Vabadussoja_Ajaloo_Komitee, lk 62
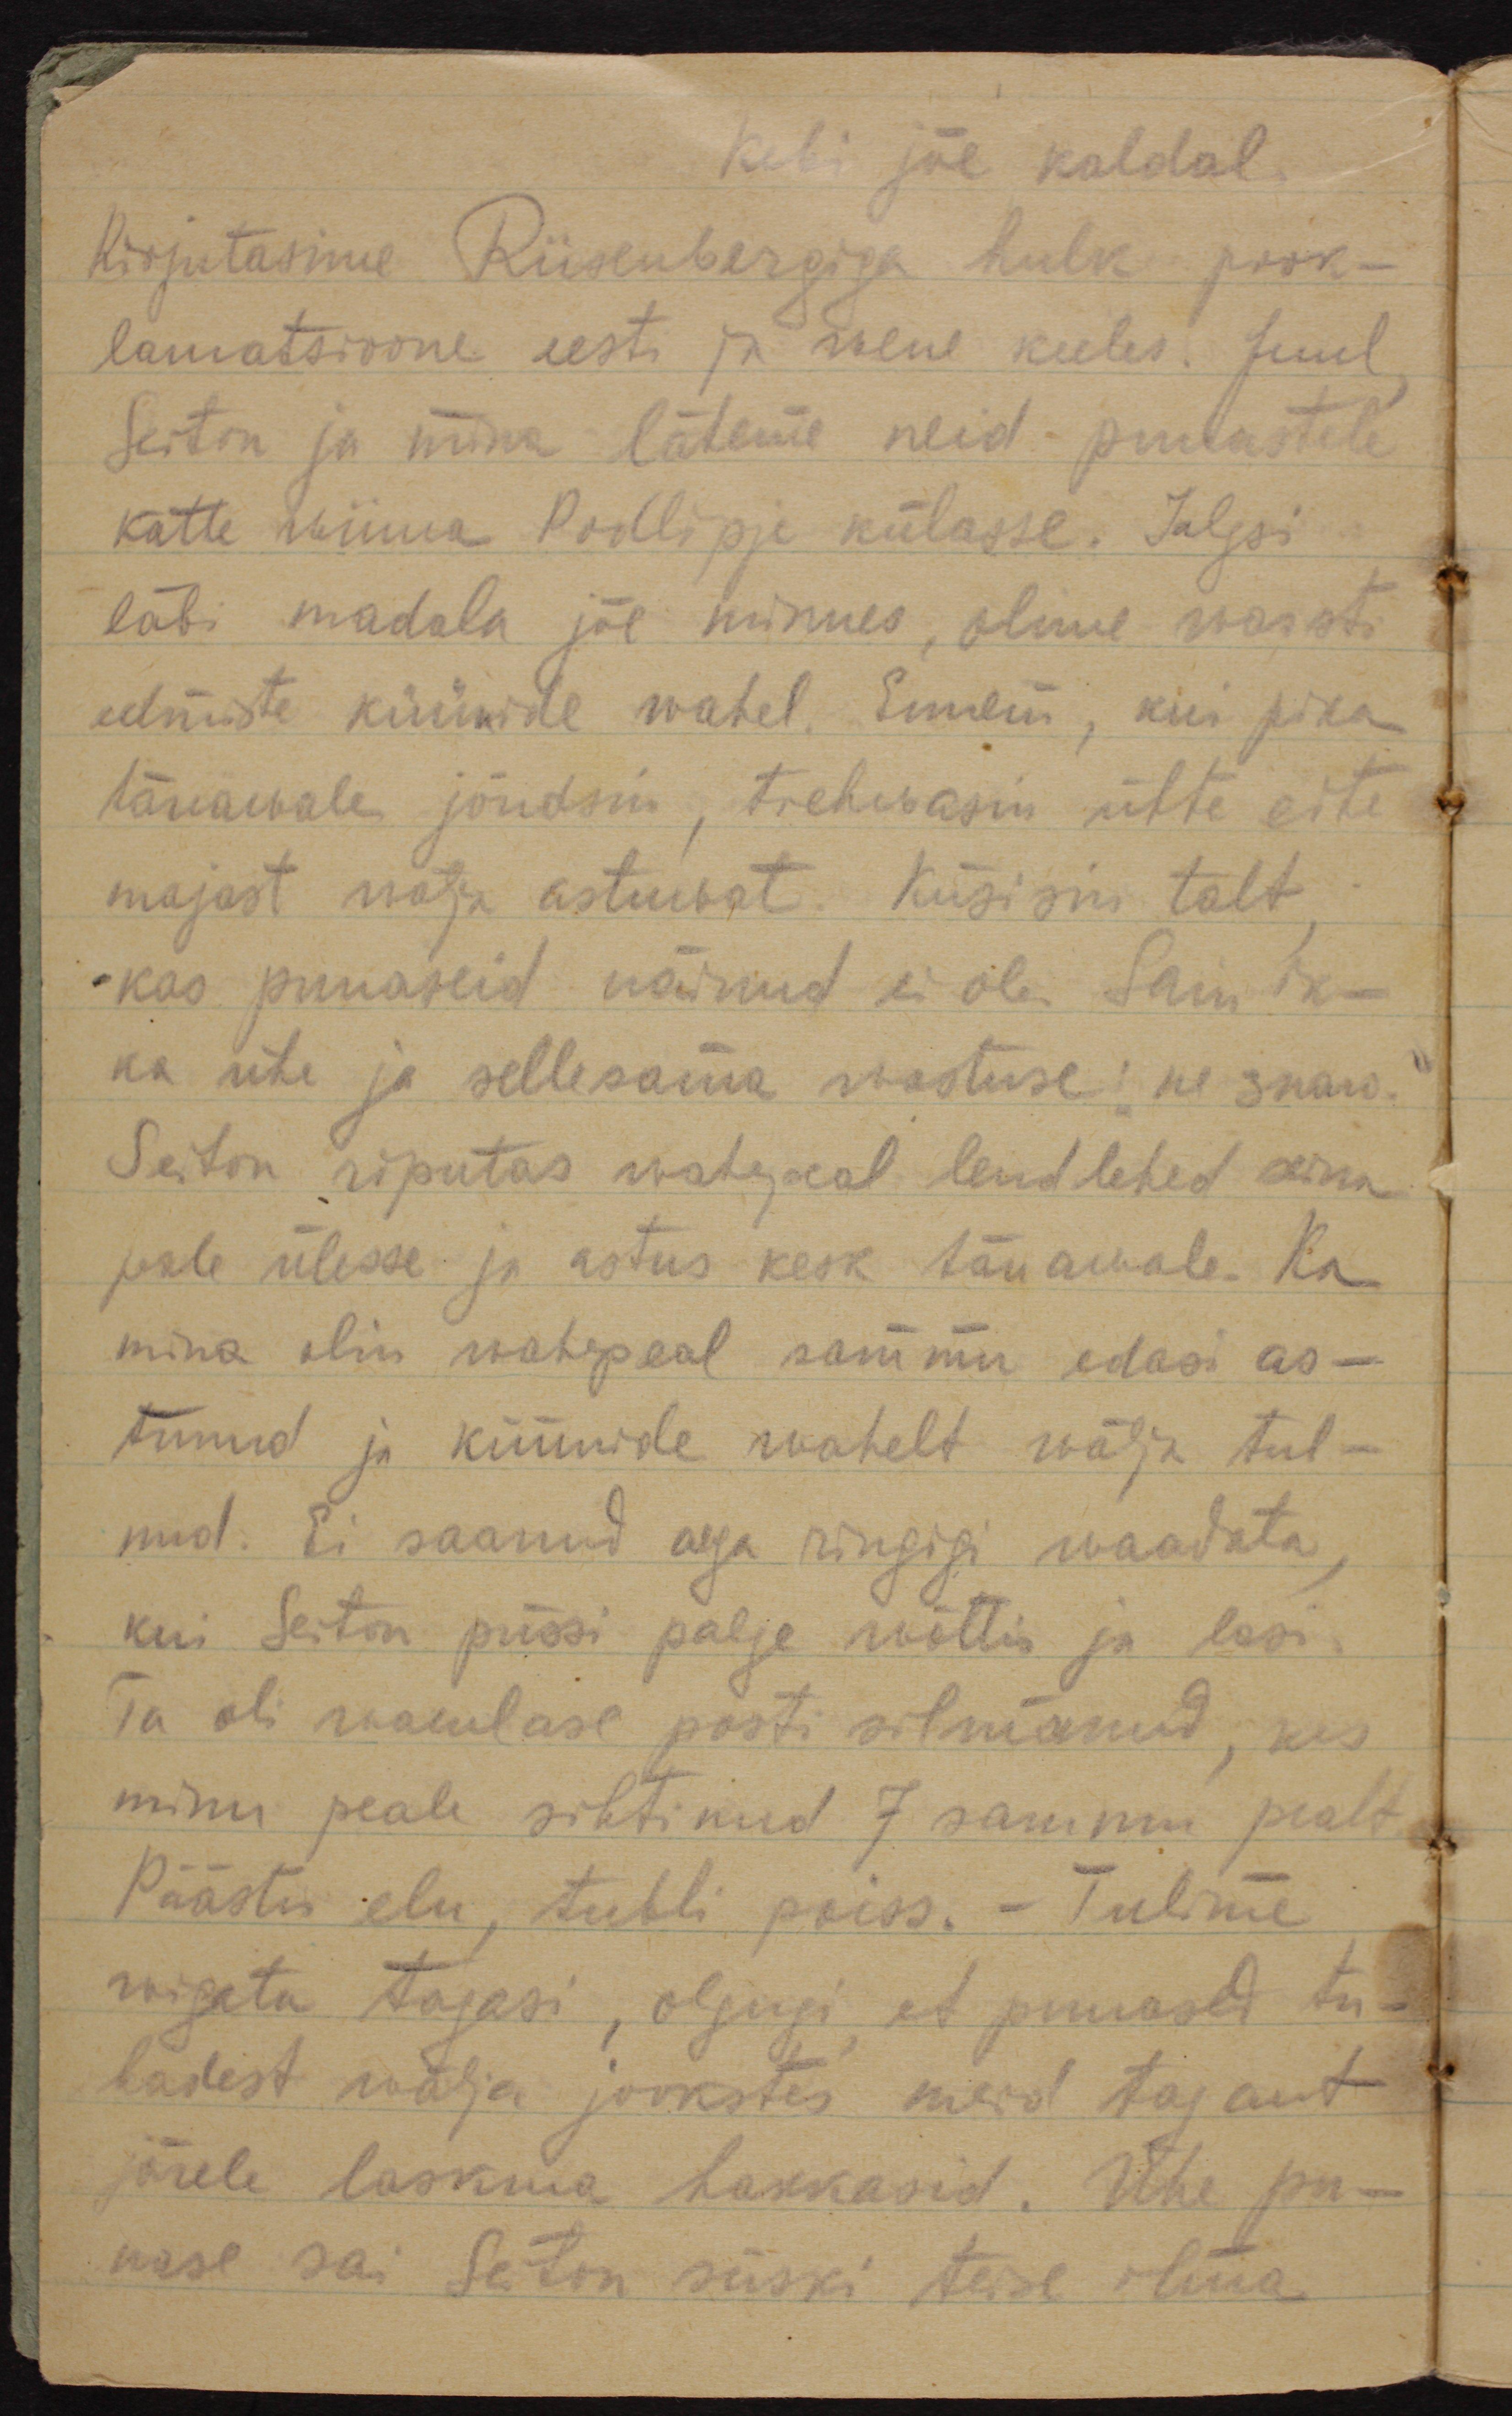
Kebi jõe kaldal
Kirjutasime Riisenbergiga hulk prok-
lamatsioone eesti ja wene keeles. Juul, 
Seiton ja mina läheme neid punastele 
kätte wiima Podlipje külasse. Jalgsi
läbi madala jõe minnes, olime warsti 
eelmiste küünide wahel. Ennem, kui pika
tänawale jõudsin, trehwasin ühte eite
majast wälja astuwat. Küsisin talt,
kas punaseid näinud ei ole. Sain ik-
ka ühe ja sellesama wastuse: "не знаю."
Seiton riputas wahepeal lendlehed seina
peale ülesse ja astus kesk tänawale. Ka
mina olin wahepeal sammu edasi as-
tunud ja küünide wahelt wälja tul-
nud. Ei saanud aega ringigi waadata, 
kui Seiton püssi palge võttis ja lasi.
Ta oli waenlase posti silmanud, kes
minu peale sihtinud 7 sammu pealt.
Päästis elu, tubli poiss. - Tulime
wigata tagasi, olgugi, et punased tu-
badest wälja jookstes meid tagant
järele laskma hakkasid. Ühe pu-
nase sai Seiton siiski teise ilma